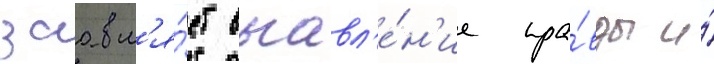
заавл'я́ет выавл'е́н'ие пра́вды и́